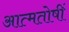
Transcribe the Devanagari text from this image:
आत्मतोषीं